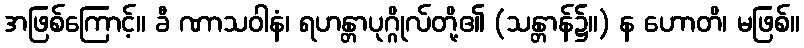
အဖြစ်ကြောင့်။ ခီ ဏာသဝါနံ၊ ရဟန္တာပုဂ္ဂိုလ်တို့၏ (သန္တာန်၌။) န ဟောတိ၊ မဖြစ်။